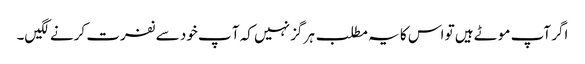
اگر آپ موٹے ہیں تو اس کا یہ مطلب ہر گز نہیں کہ آ پ خود سے نفرت کرنے لگیں۔